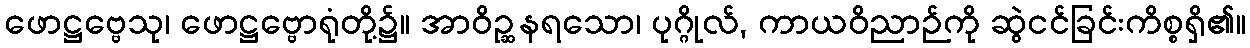
ဖောဋ္ဌဗ္ဗေသု၊ ဖောဋ္ဌဗ္ဗောရုံတို့၌။ အာဝိဉ္ဆနရသော၊ ပုဂ္ဂိုလ်, ကာယဝိညာဉ်ကို ဆွဲငင်ခြင်းကိစ္စရှိ၏။